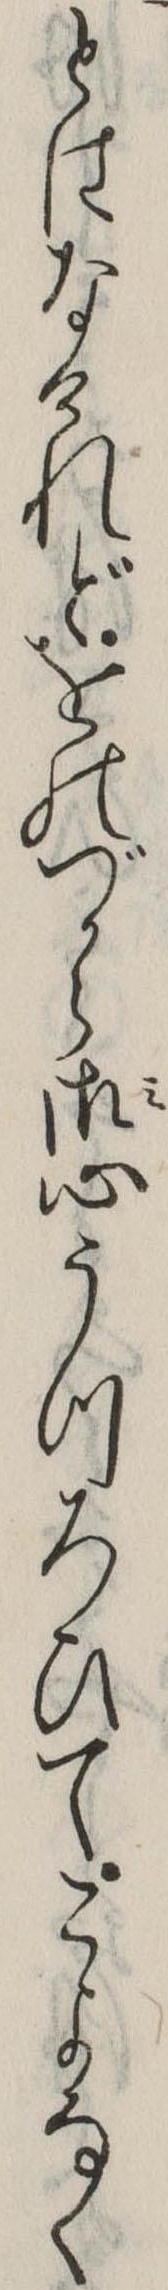
とはなけれどをのづから御心うつろひてこよなく